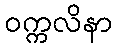
ဝက္ကလိနာ